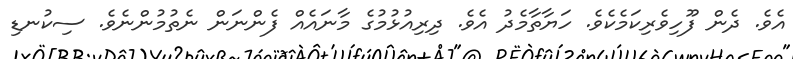
އެވެ. ދެން ފޫހިވެރިކަމެކެވެ. ހަޔާތާމެދު އެވެ. ދިރިއުޅުމުގެ މާނައެއް ފެންނަން ނެތުމުންނެވެ. ސިކުނޑި